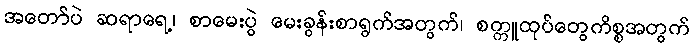
အတော်ပဲ ဆရာရေ့၊ စာမေးပွဲ မေးခွန်းစာရွက်အတွက်၊ စက္ကူထုပ်တွေကိစ္စအတွက်